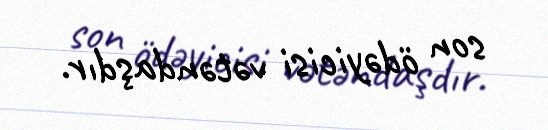
son ödəyicisi vətəndaşdır.